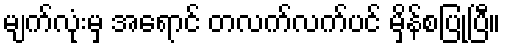
မျက်လုံးမှ အရောင် တလက်လက်ပင် မှိန်စပြုပြီ။